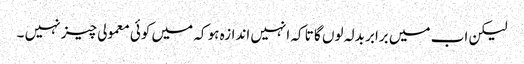
لیکن اب میں برابر بدلہ لوں گا تا کہ انہیں اندازہ ہو کہ میں کوئی معمولی چیز نہیں ۔